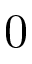
0